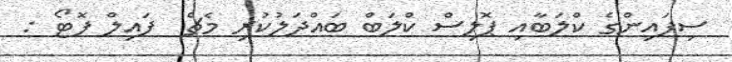
ސިފައިންގެ ކްލަބާއި ޕޮލިސް ކްލަބް ބައްދަލުކުރި މެޗް  ފައިލް ފޮޓޯ :